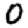
Digit: 0